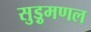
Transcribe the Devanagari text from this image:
सुड़ुमणल